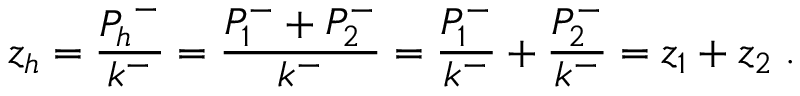
z _ { h } = \frac { { P _ { h } } ^ { - } } { k ^ { - } } = \frac { P _ { 1 } ^ { - } + P _ { 2 } ^ { - } } { k ^ { - } } = \frac { P _ { 1 } ^ { - } } { k ^ { - } } + \frac { P _ { 2 } ^ { - } } { k ^ { - } } = z _ { 1 } + z _ { 2 } \; .